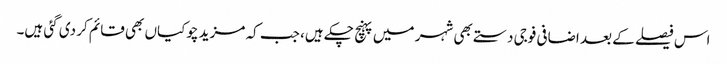
اس فیصلے کے بعد اضافی فوجی دستے بھی شہر میں پہنچ چکے ہیں، جب کہ مزید چوکیاں بھی قائم کر دی گئی ہیں۔